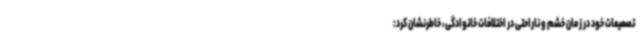
تصمیمات خود در زمان خشم و ناراحتی در اختلافات خانوادگی، خاطرنشان کرد: